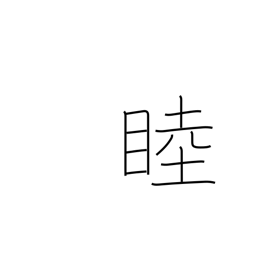
Meaning: intimate